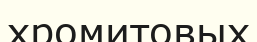
хромитовых